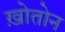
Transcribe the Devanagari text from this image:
ख़ोतोन